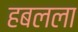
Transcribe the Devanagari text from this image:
हबलला